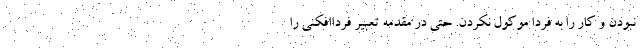
نبودن و کار را به فردا موکول نکردن. حتی در مقدمه تعبیر فرداافکنی را